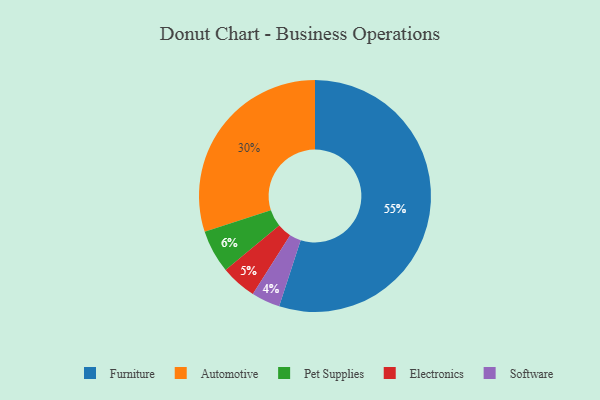
{"axis": {"x": "Category", "y": "Percentage"}, "legend": ["Automotive", "Electronics", "Furniture", "Pet Supplies", "Software"], "data": [{"x": "Furniture", "y": 55, "type": "Furniture"}, {"x": "Pet Supplies", "y": 6, "type": "Pet Supplies"}, {"x": "Automotive", "y": 30, "type": "Automotive"}, {"x": "Software", "y": 4, "type": "Software"}, {"x": "Electronics", "y": 5, "type": "Electronics"}]}